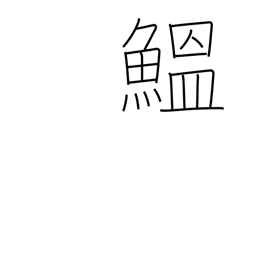
Meaning: sardine